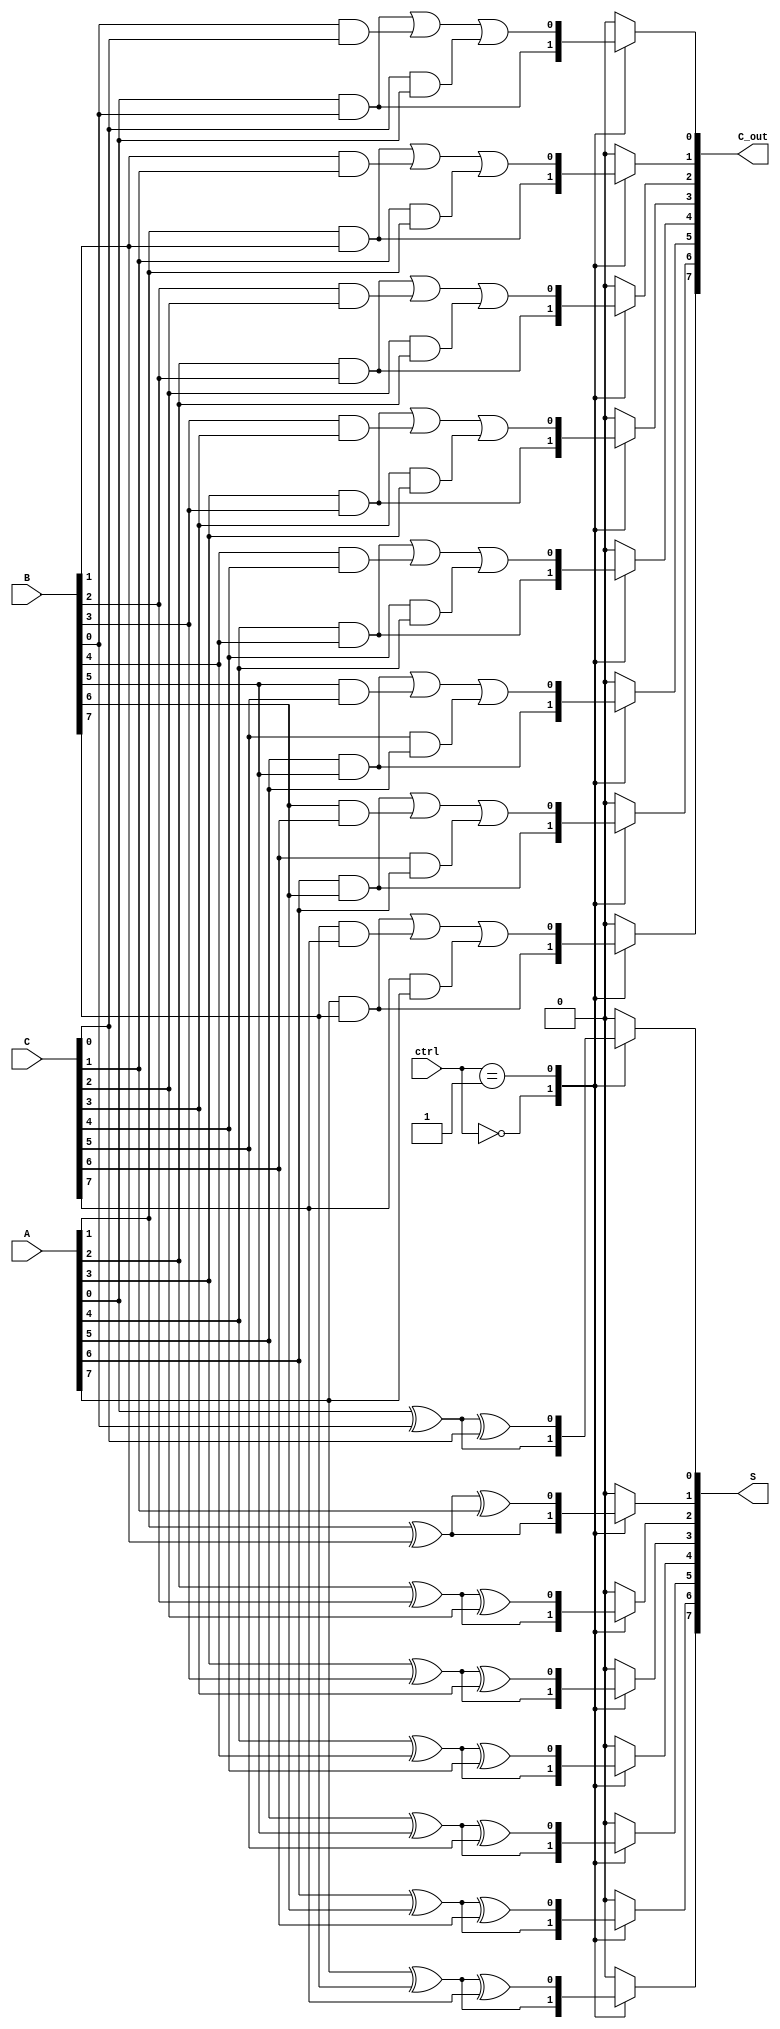
module CarrySaveAdder #(
    parameter N = 8 // Bit-width of the operands
)(
    input [N-1:0] A, // First operand
    input [N-1:0] B, // Second operand
    input [N-1:0] C, // Third operand
    input [1:0] ctrl, // Control signal to indicate the number of operands (2'b00 for A+B, 2'b01 for A+B+C)
    output reg [N-1:0] S, // Intermediate sum output
    output reg [N-1:0] C_out // Carry output
);

    reg [N-1:0] sum;
    reg [N-1:0] carry;

    integer i;

    always @(*) begin
        // Initialize sum and carry
        sum = 0;
        carry = 0;

        // Perform Carry Save Addition based on control signal
        for (i = 0; i < N; i = i + 1) begin
            case (ctrl)
                2'b00: begin
                    // A + B
                    sum[i] = A[i] ^ B[i];
                    carry[i] = A[i] & B[i];
                end
                2'b01: begin
                    // A + B + C
                    sum[i] = A[i] ^ B[i] ^ C[i];
                    carry[i] = (A[i] & B[i]) | (B[i] & C[i]) | (C[i] & A[i]);
                end
                default: begin
                    // Default case: no addition
                    sum[i] = 0;
                    carry[i] = 0;
                end
            endcase
        end

        // Assign intermediate outputs
        S = sum;
        C_out = carry;
    end

endmodule